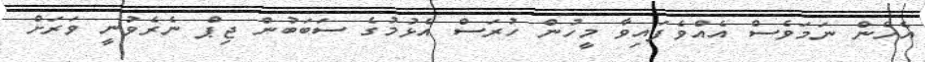
އެހެން ނަމަވެސް އެއްވެފައިވާ މީހުން ހުރަސް އެޅުމުގެ ސަބަބުން ޖިޕް ނެރެވުނީ ވަރަށް